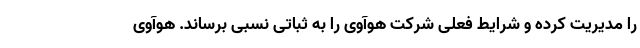
را مدیریت کرده و شرایط فعلی شرکت هوآوی را به ثباتی نسبی برساند. هوآوی